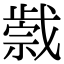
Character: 𢧼